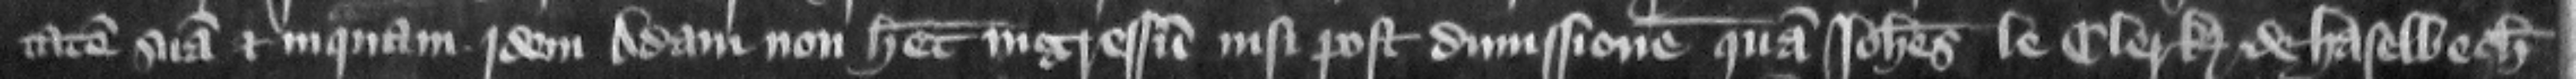
tatem suam et in quam jdem Adam non habet ingressum nisi post dimissionem quam Iohannes le Clerk de Haselbech